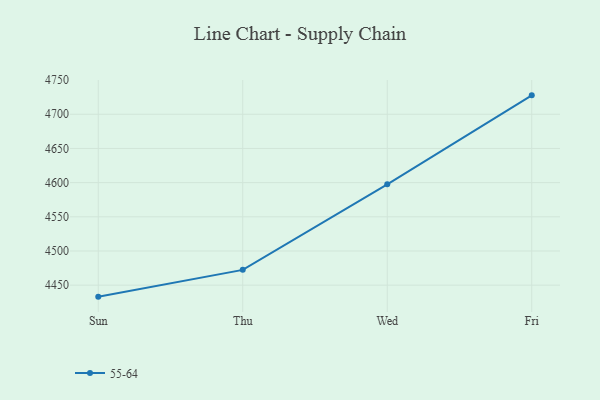
{"axis": {"x": "Day", "y": "Customer Acquisition Cost (USD)"}, "legend": ["55-64"], "data": [{"x": "Sun", "y": 4433.2, "type": "55-64"}, {"x": "Thu", "y": 4472.4, "type": "55-64"}, {"x": "Wed", "y": 4597.6, "type": "55-64"}, {"x": "Fri", "y": 4727.7, "type": "55-64"}]}